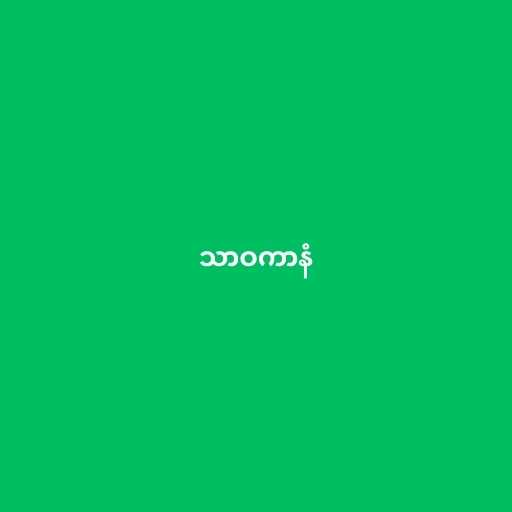
သာဝကာနံ